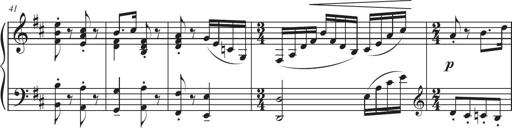
Title: Sonatina in D major
Composer: Shota Saitoh
Key: D major